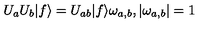
U _ { a } U _ { b } | f \rangle = U _ { a b } | f \rangle \omega _ { a , b } , | \omega _ { a , b } | = 1 ~